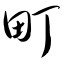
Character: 町